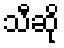
သီဆို